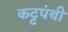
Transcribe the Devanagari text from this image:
कट्टपंथी